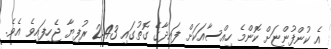
އެ ކުންފުންޏަށް ކޮންމެ ހިއްސާއަކަށް ފައިދާގެ ގޮތުގައި 2.43 ރުފިޔާ ޖެހިފައިވެ އެވެ.